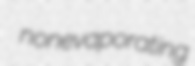
nonevaporating